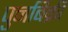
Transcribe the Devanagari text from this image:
पुनर्बिक्री